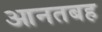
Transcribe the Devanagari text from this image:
आनतबह